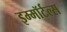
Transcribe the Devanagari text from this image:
इम्मॉर्टल्स